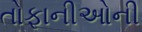
તોફાનીઓની